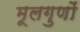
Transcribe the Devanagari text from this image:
मूलगुणों